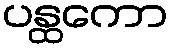
ပန္ထကော